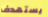
يستهدف